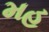
મહ